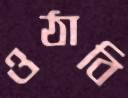
ওঠাবি